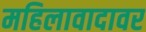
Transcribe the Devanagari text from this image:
महिलावादावर